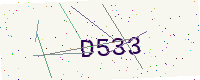
Text: D533